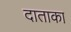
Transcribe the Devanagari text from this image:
दाताका